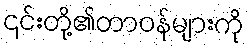
၎င်းတို့၏တာဝန်များကို